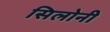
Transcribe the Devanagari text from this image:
सिलोनी